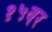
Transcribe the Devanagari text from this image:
१५वर